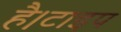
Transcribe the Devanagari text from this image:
है।टाइप